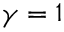
\gamma = 1